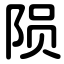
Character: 陨